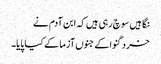
نگاہیں سوچ رہی ہیں کہ ابن آدم نے
خرد گنوا کے جنوں آزما کے کیا پایا۔